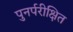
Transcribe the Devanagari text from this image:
पुनर्परीक्षित